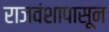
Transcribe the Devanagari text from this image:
राजवंशापासून